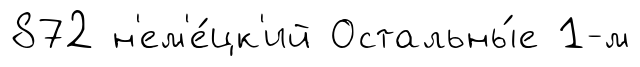
872 н'ем'е́цк'ий Остальны́е 1-м